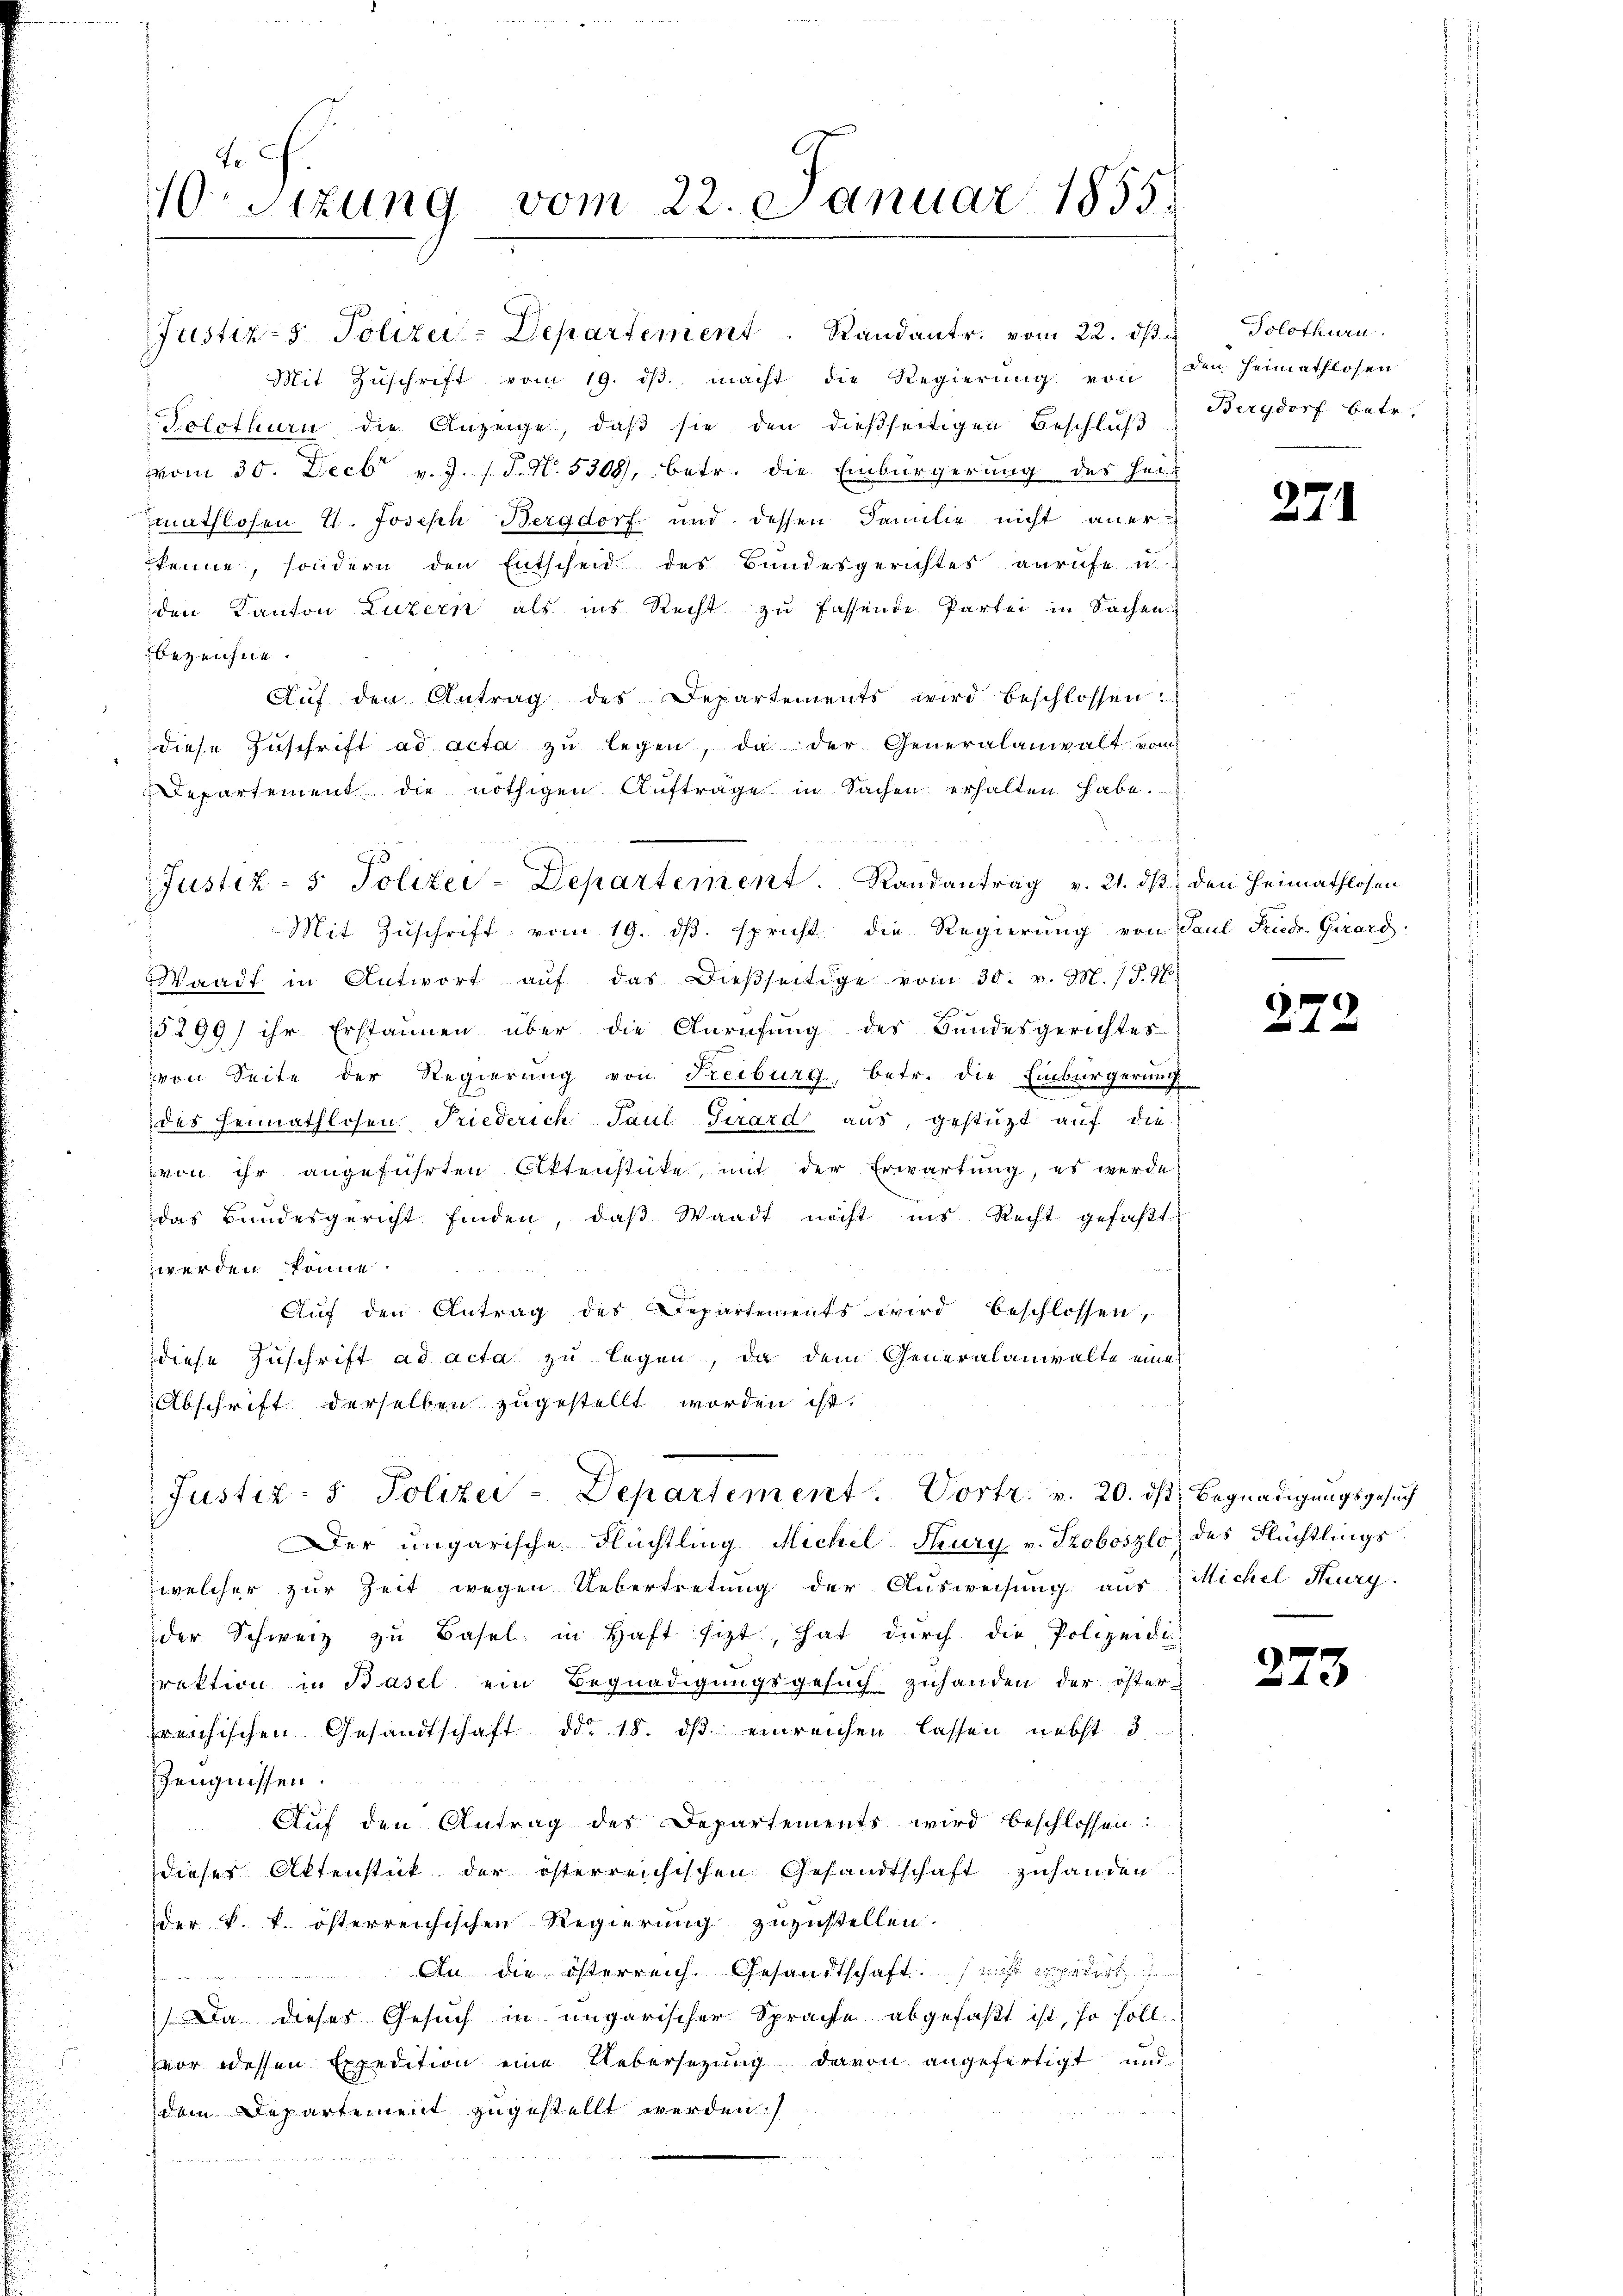
10. Sizung vom 22. Januar 1855.

Solothurn die Anzeige, daß sie den dießseitigen Beschluß
vom 30. Decbr v. J. P. N. 5308, betr. die Einbürgerung des Hei-
mathlosen u. Joseph Bergdorf und dessen Familie nicht anerkenne, sondern den Entscheid des Bundesgerichtes anrufe u.
den Kanton Luzern als ins Recht zu fassende Partei in Sachen
bezeichne.
Aŭf den Antrag des Departements wird beschlossen:
diese Zŭschrift ad acta zu legen, da der Generalanwalt vom
Departement die nöthigen Aufträge in Sachen erhalten habe.
i
Mit Zuschrift vom 19. ds. spricht die Regierung von Paul Friedr. Girard
Waadt in Antwort aŭf das dießseitige vom 30. v. M. /. M.
5299) ihr Erstaunen über die Anrufung des Bundesgerichtes
von Seite der Regierung von Freiburg, betr. die Einbürgerung
des Heimathlosen Friederich Paul Girard aus, gestützt auf die
von ihr angeführten Aktenstücke, mit der Erwartung, es werde
das Bundesgericht finden, daß Waadt nicht ins Recht gefaßt
werden könne.

Auf den Antrag des Departements wird beschlossen,
diese Zuschrift ad acta zu legen, da dem Generalanwalte eine
Abschrift derselben zugestellt worden ist.

Justiz- & Polizei-Departement. Vortr. v. 20. ds Begnadigungsgesuch
Der ungarische Flüchtling Michel Thury v. Troboszlo des Flüchtlings
welcher zur Zeit wegen Uebertretung der Ausweisung aus
der Schweiz zu Basel in Haft sitzt, hat durch die Polizeidi-
rektion in Basel ein Begnadigungsgesuch zuhanden der öster-
reichischen Gesandtschaft ddo 18. dβ einreichen lassen nebst 3
Zeugnissen.
Auf den Antrag des Departements wird beschlossen:
dieser Aktenstück der österreichischen Gesandtschaft zuhanden
der k. k. österreichischen Regierung zuzustellen.
An die österreich. Gesandtschaft. (nicht die
Da dieses Gesuch in ungarischer Sprache abgefaßt ist, so soll
zvor dessen Expedition eine Uebersetzung davon angefertigt und
dem Departement zugestellt werden.)

Justiz- & Polizei-Departement. Randantrag v. 21. dβ.

Justiz- & Polizei-Departement Randant. vom 22. ds.

Mit Zuschrift vom 19. ds. macht die Regierung von den Heimathlosen

Solothurn
Bergdorf betr.

274

den Heimathlosen

272

Michel Kurg

273